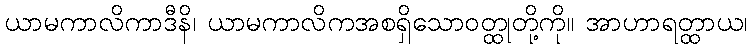
ယာမကာလိကာဒီနိ၊ ယာမကာလိကအစရှိသောဝတ္ထုတို့ကို။ အာဟာရတ္ထာယ၊